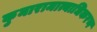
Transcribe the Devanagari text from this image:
कुमारामात्याधिकरण